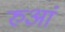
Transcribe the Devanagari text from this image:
रुआं